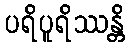
ပရိပူရိဿန္တိ